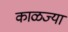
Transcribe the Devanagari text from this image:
काळज्या